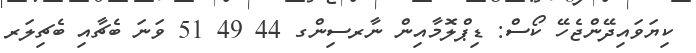
ކިޔަވައިދޭންޖެހޭ ކޯސް: ޑިޕްލޮމާއިން ނާރސިންގ 44 49 51 ވަނަ ބެޗާއި ބެޗިލަރ